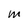
Character: m